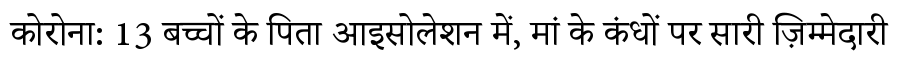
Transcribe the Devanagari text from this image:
कोरोना: 13 बच्चों के पिता आइसोलेशन में, मां के कंधों पर सारी ज़िम्मेदारी